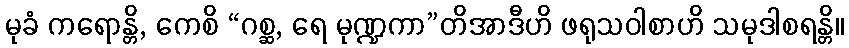
မုခံ ကရောန္တိ, ကေစိ “ဂစ္ဆ, ရေ မုဏ္ဍကာ”တိအာဒီဟိ ဖရုသဝါစာဟိ သမုဒါစရန္တိ။